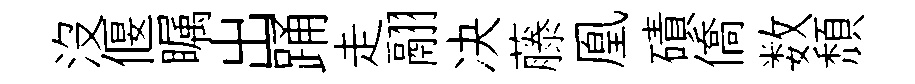
没偃瞩出踊走翮决藤凰磧僑数頹